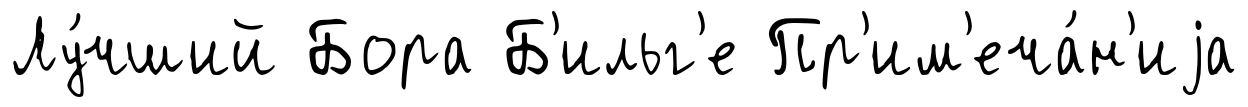
Лу́чший Бора Б'ильг'е Пр'им'еча́н'иjа